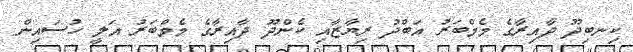
ކިނބިދޫ ދާއިރާގެ މެމްބަރު އަބްދު ރިޔާޒާއި ކެންދޫ ދާއިރާގެ މެމްބަރު އަލީ ހުސައިން